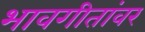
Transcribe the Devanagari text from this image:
भावगीतांवर